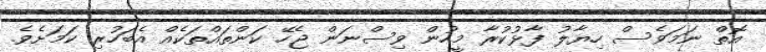
އޮތް ނަމަވެސް ހިޔާލު ފާޅުކުރާ މީހުން ވިސްނަން ޖެހޭ ކަންތައްތަކެއް އެބަހުރި ކަމަށެވެ.